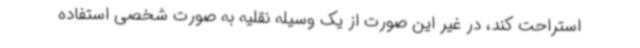
استراحت کند، در غیر این صورت از یک وسیله نقلیه به صورت شخصی استفاده